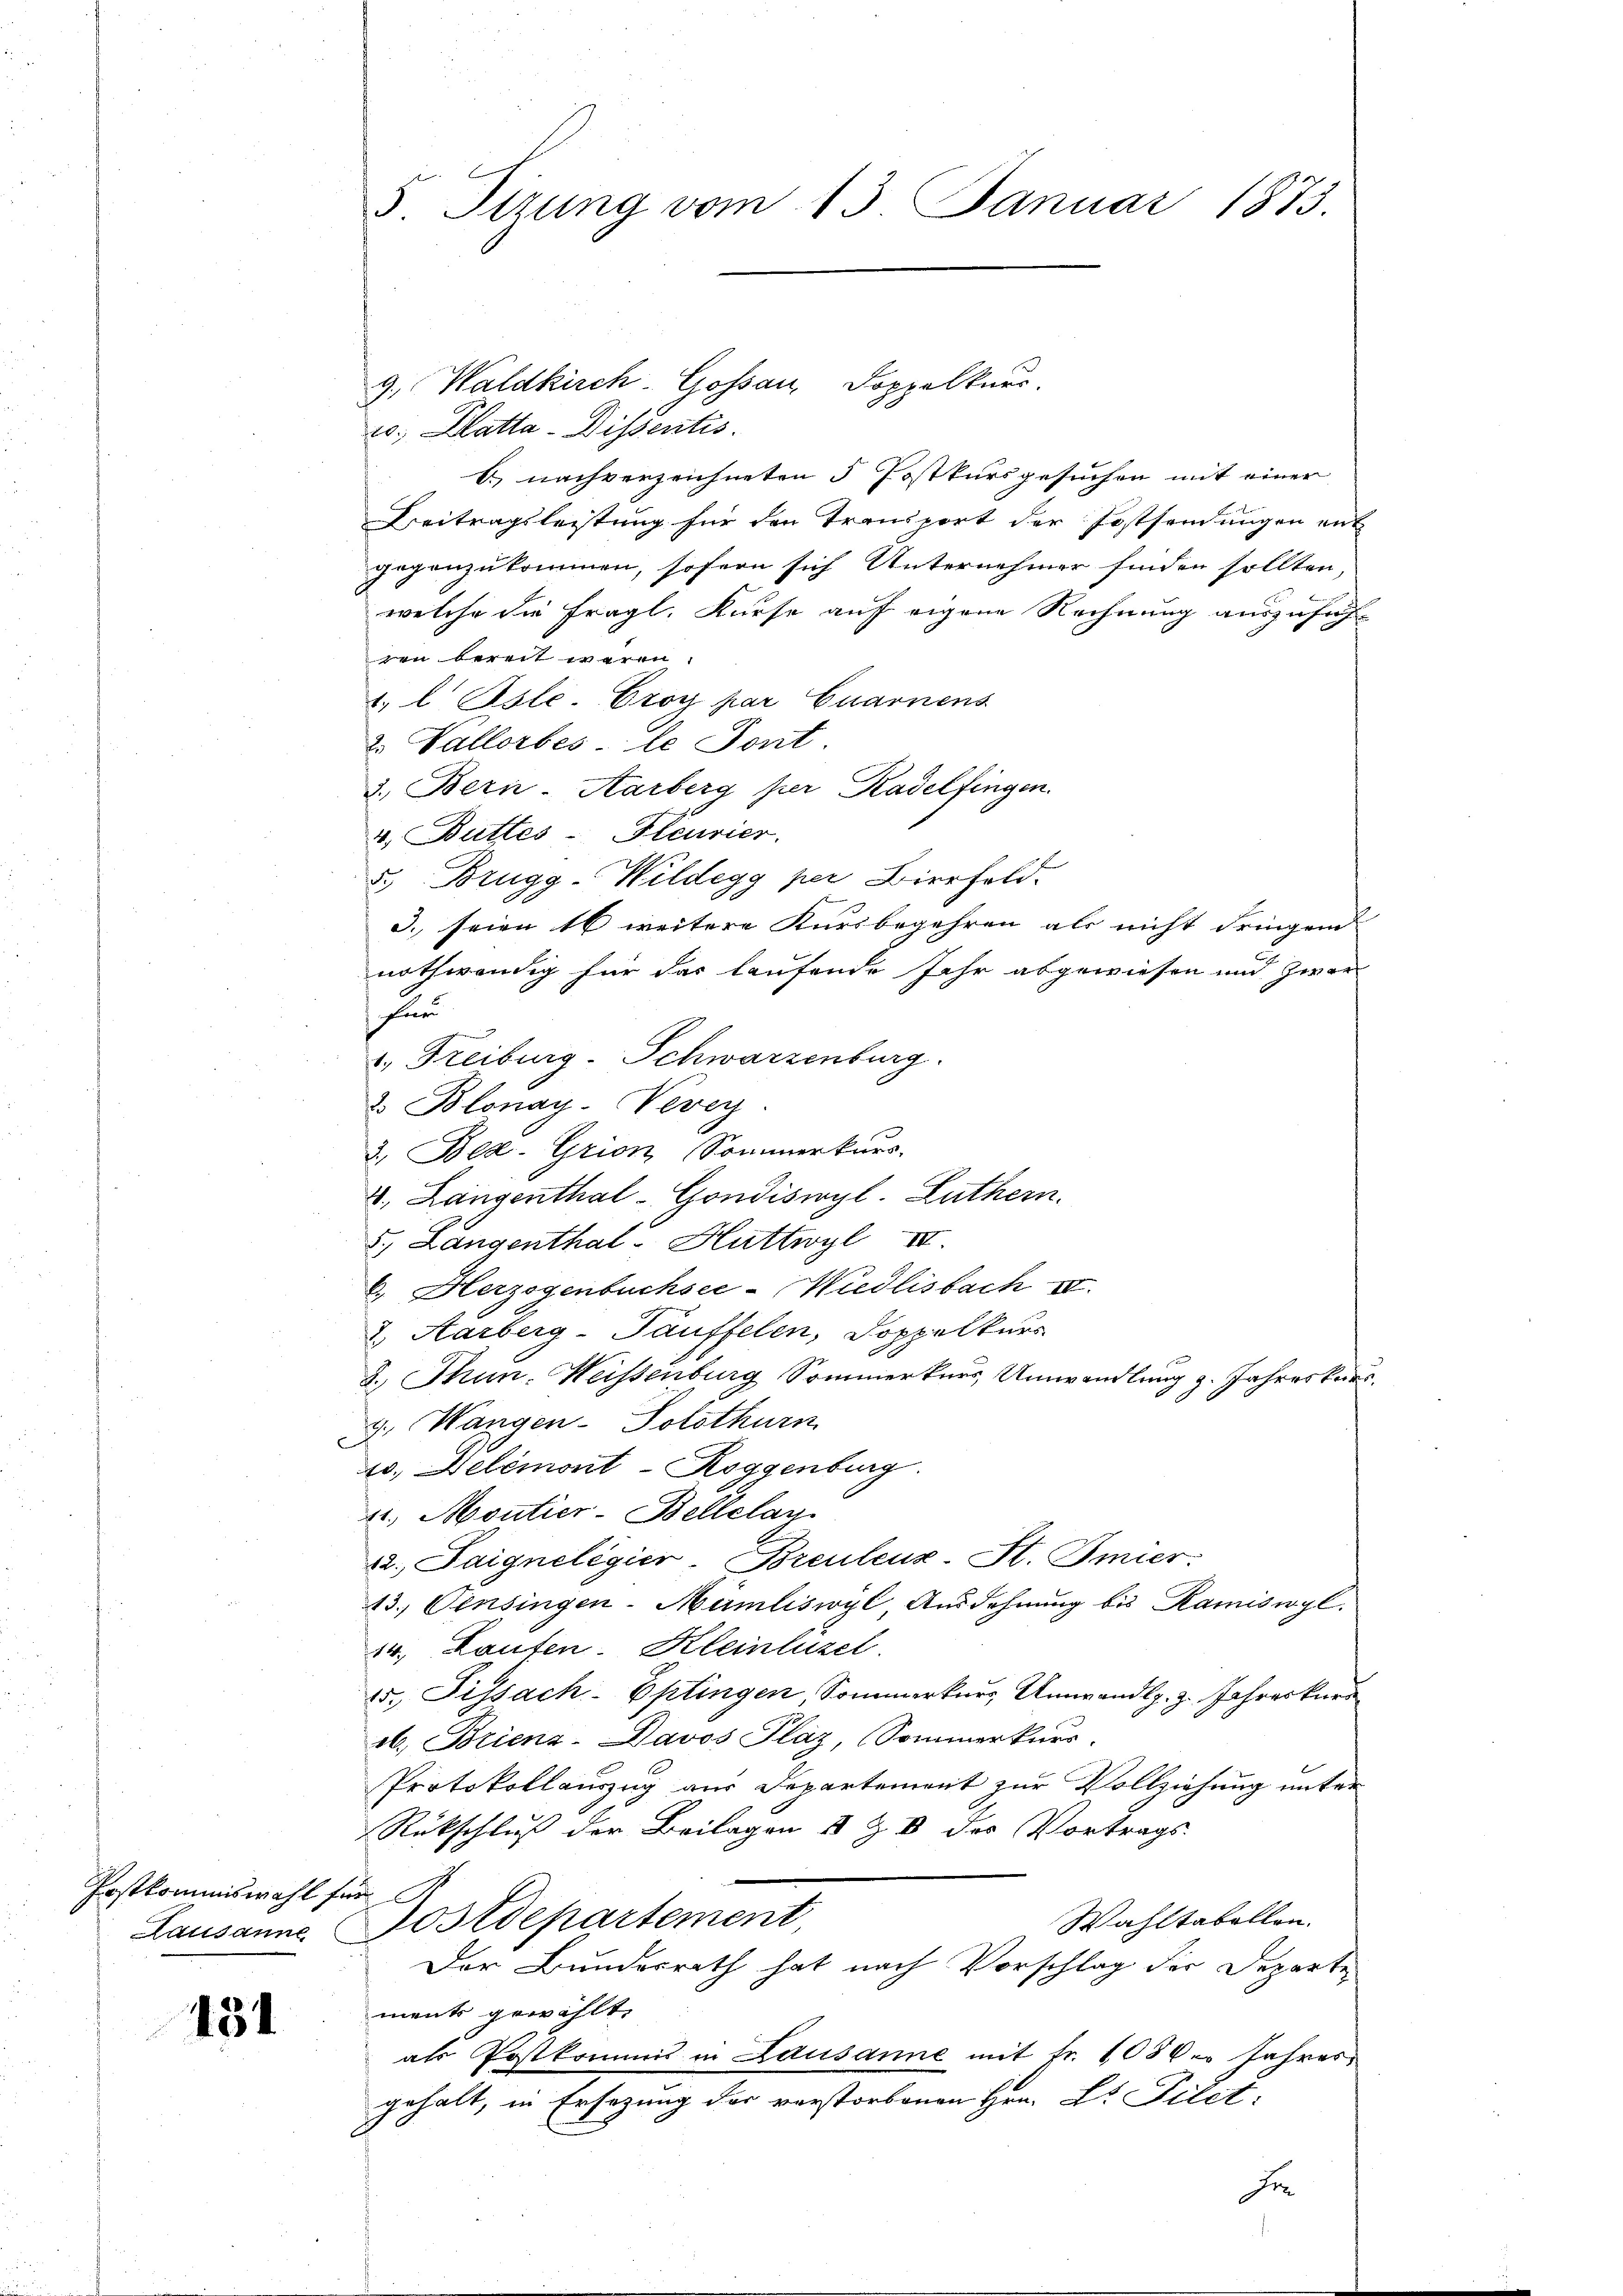
Prstkommiswahl für

131

10. Klatta-Dissentis
b nachverzeichneten 5 Postkursgesuchen mit einer
Beitragsleistung für den Transport der Jostsendungen ent
gegenzukommen, sofern sich Unternehmer finden sollten,
welche die fragl. Kurse auf eigene Rechnung auszufühden bereit waren.
1. l Osle. Croy par Quarnens
2. Vallorbes le Tont
3.) Bern-Aarberg per Kadelfingen.
4. Buttes-Fleurier.
u. Brugg-Wildegg per Bierfeld.
3. seien 16 weitere Kursbegehren als nicht dringen
nothwendig für das laufende Jahr abgewiesen und zwar
Für
1. Freiburg-Schwarzenburg.
2. Blonay-Vevey
3.) Bed. Grion Sommerkurs-
2. Längenthal-Gondiswyl. Luthern.
8.) Langenthal - Huttwyl III
6.) Herzogenbuchsee-Wiedlisbach IV.
2. Aarberg-Täuffelen, Doppelkurs
3. Thun. Weissenburg Sommerkurs Umwandlung z. Jahreskurs
g. Wangen - Solothurn
20. Delémont-Roggenburg.
4., Moutier-Bellelan
22. Saigneligier-Breulenz-St. Amier:
13.) Einsingen-Mümliswyl Ausdehnung bis Kamiswyl.
34. Laufen. Kleinlüsel
25. Fissach-Eptingen, Sommerkurs Umwandl. z. Jahreskurs
ob. Brienz-Davos Plaz, (Sommerkurs.
Protokollauszug aus Departement zur Vollziehung unter
Rückschluß der Beilagen 8 Z. 8 des Vortrags-
Wahltabellen.
Lausanne Postdepartement,
Der Bundesrath hat nach Vorschlag der Departe
ments gewählt,
als Postkommis in Lausanne mit fr. 1086. Jahres
gehalt, in Ersezung der vorstorbenen Hrn. Dr. Filet
e

S. Tizung vom 13. Januar 1873.

9, Waldkirch-Gossau, Doppelkurs.